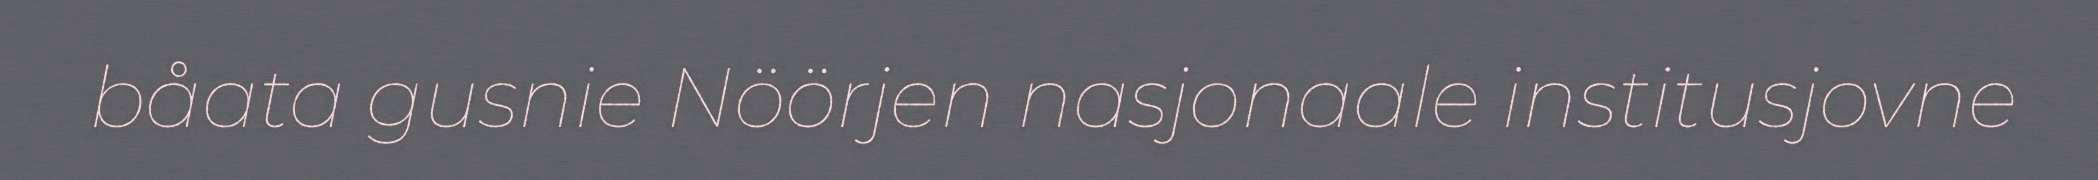
båata gusnie Nöörjen nasjonaale institusjovne